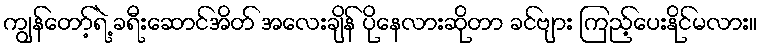
ကျွန်တော့်ရဲ့ ခရီးဆောင်အိတ် အလေးချိန် ပိုနေလားဆိုတာ ခင်ဗျား ကြည့်ပေးနိုင်မလား။